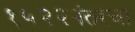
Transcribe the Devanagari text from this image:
१५२२नंतरचा